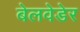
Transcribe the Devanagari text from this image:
बेलवेडेर